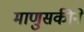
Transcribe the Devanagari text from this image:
माणुसकीने